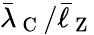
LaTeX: \bar{\lambda}_{\mathrm{~C~}}/\bar{\ell}_{\mathrm{~Z~}}